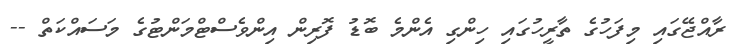
ރާއްޖޭގައި މިފަހުގެ ތާރީހުގައި ހިންގި އެންމެ ބޮޑު ފޮރިން އިންވެސްޓްމަންޓުގެ މަސައްކަތް --